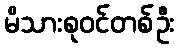
မိသားစုဝင်တစ်ဦး